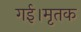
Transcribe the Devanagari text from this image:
गई।मृतक